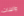
والبنات